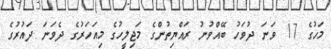
މަހުގެ 17 ވަނަ ދުވަހު ބޭއްވުނު ރައްޔިތުންގެ މަޖިލީހުގެ މިއަހަރުގެ ދެވަނަ ދައުރުގެ